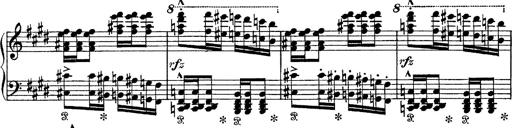
Title: Tarantelle di bravura dâ€™aprÃ¨s la tarantelle de La muette de Portici
Composer: Franz Liszt